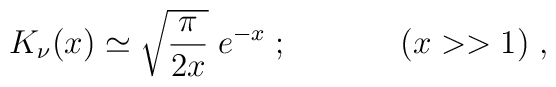
K_{\nu} (x) \simeq \sqrt{\pi \over 2x} \; e^{-x}\;;\;\;\;\;\;\;\;\;\;\;\;\;(x>>1)\;,